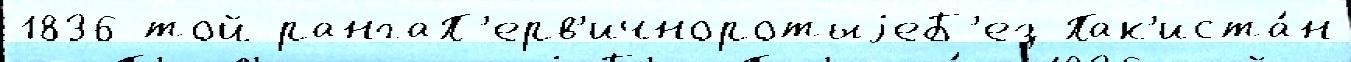
1836 той рангаП'ерв'ичноротыjеБ'ез Пак'иста́н